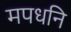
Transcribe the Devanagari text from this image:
मपधनि